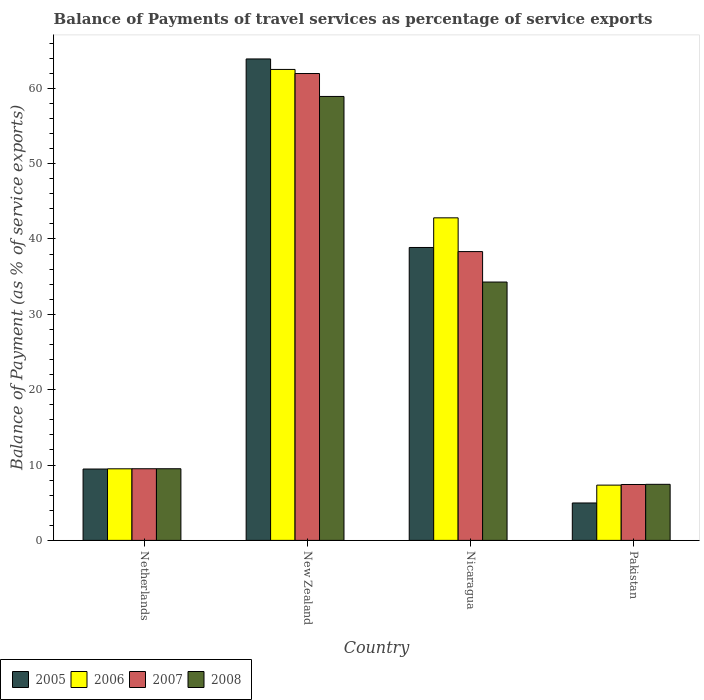
| Country | 2005 | 2006 | 2007 | 2008 |
 | --- | --- | --- | --- | --- |
 | Netherlands | 9.47 | 9.5 | 9.51 | 9.51 |
 | New Zealand | 63.9 | 62.5 | 62 | 58.9 |
 | Nicaragua | 38.9 | 42.8 | 38.3 | 34.3 |
 | Pakistan | 4.97 | 7.34 | 7.42 | 7.44 |